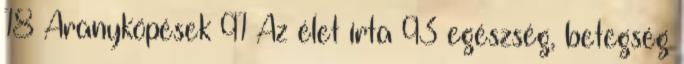
18 Aranyköpések 91 Az élet írta 93 egészség, betegség